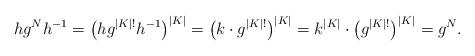
LaTeX: \begin{align*}hg^Nh^{-1} = \bigl(h g^{|K|!}h^{-1}\bigr)^{|K|} = \bigl(k \cdot g^{|K|!}\bigr)^{|K|} =k^{|K|} \cdot \bigl(g^{|K|!}\bigr)^{|K|} = g^N.\end{align*}